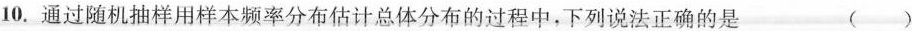
10.通过随机抽样用样本频率分布估计总体分布的过程中，下列说法正确的是 ( )